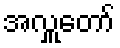
အလှူတော်